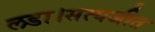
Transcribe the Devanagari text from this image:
लडा।सत्यजीत